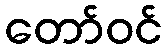
တော်ဝင်